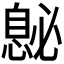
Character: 𪬤